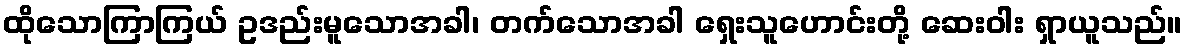
ထိုသောကြာကြယ် ဥဒည်းမူသောအခါ၊ တက်သောအခါ ရှေးသူဟောင်းတို့ ဆေးဝါး ရှာယူသည်။